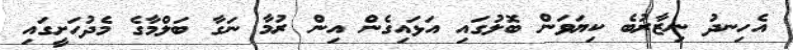
އެހިނދު ނިޒާރުބެ ކިޔަވަން ބޮލުގައި އަޅައިގެން އިން ރުމާ ނަގާ ބަލްމާގެ މެދުހަށީގައި